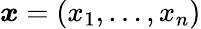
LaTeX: \boldsymbol{x}=(x_{1},\dots,x_{n})